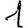
Digit: 1